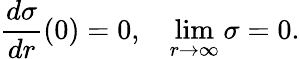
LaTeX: {\frac{d\sigma}{dr}}(0)=0,\ \ \ \operatorname*{lim}_{r\to\infty}\sigma=0.